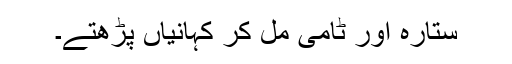
ستارہ اور ٹامی مل کر کہانیاں پڑھتے۔